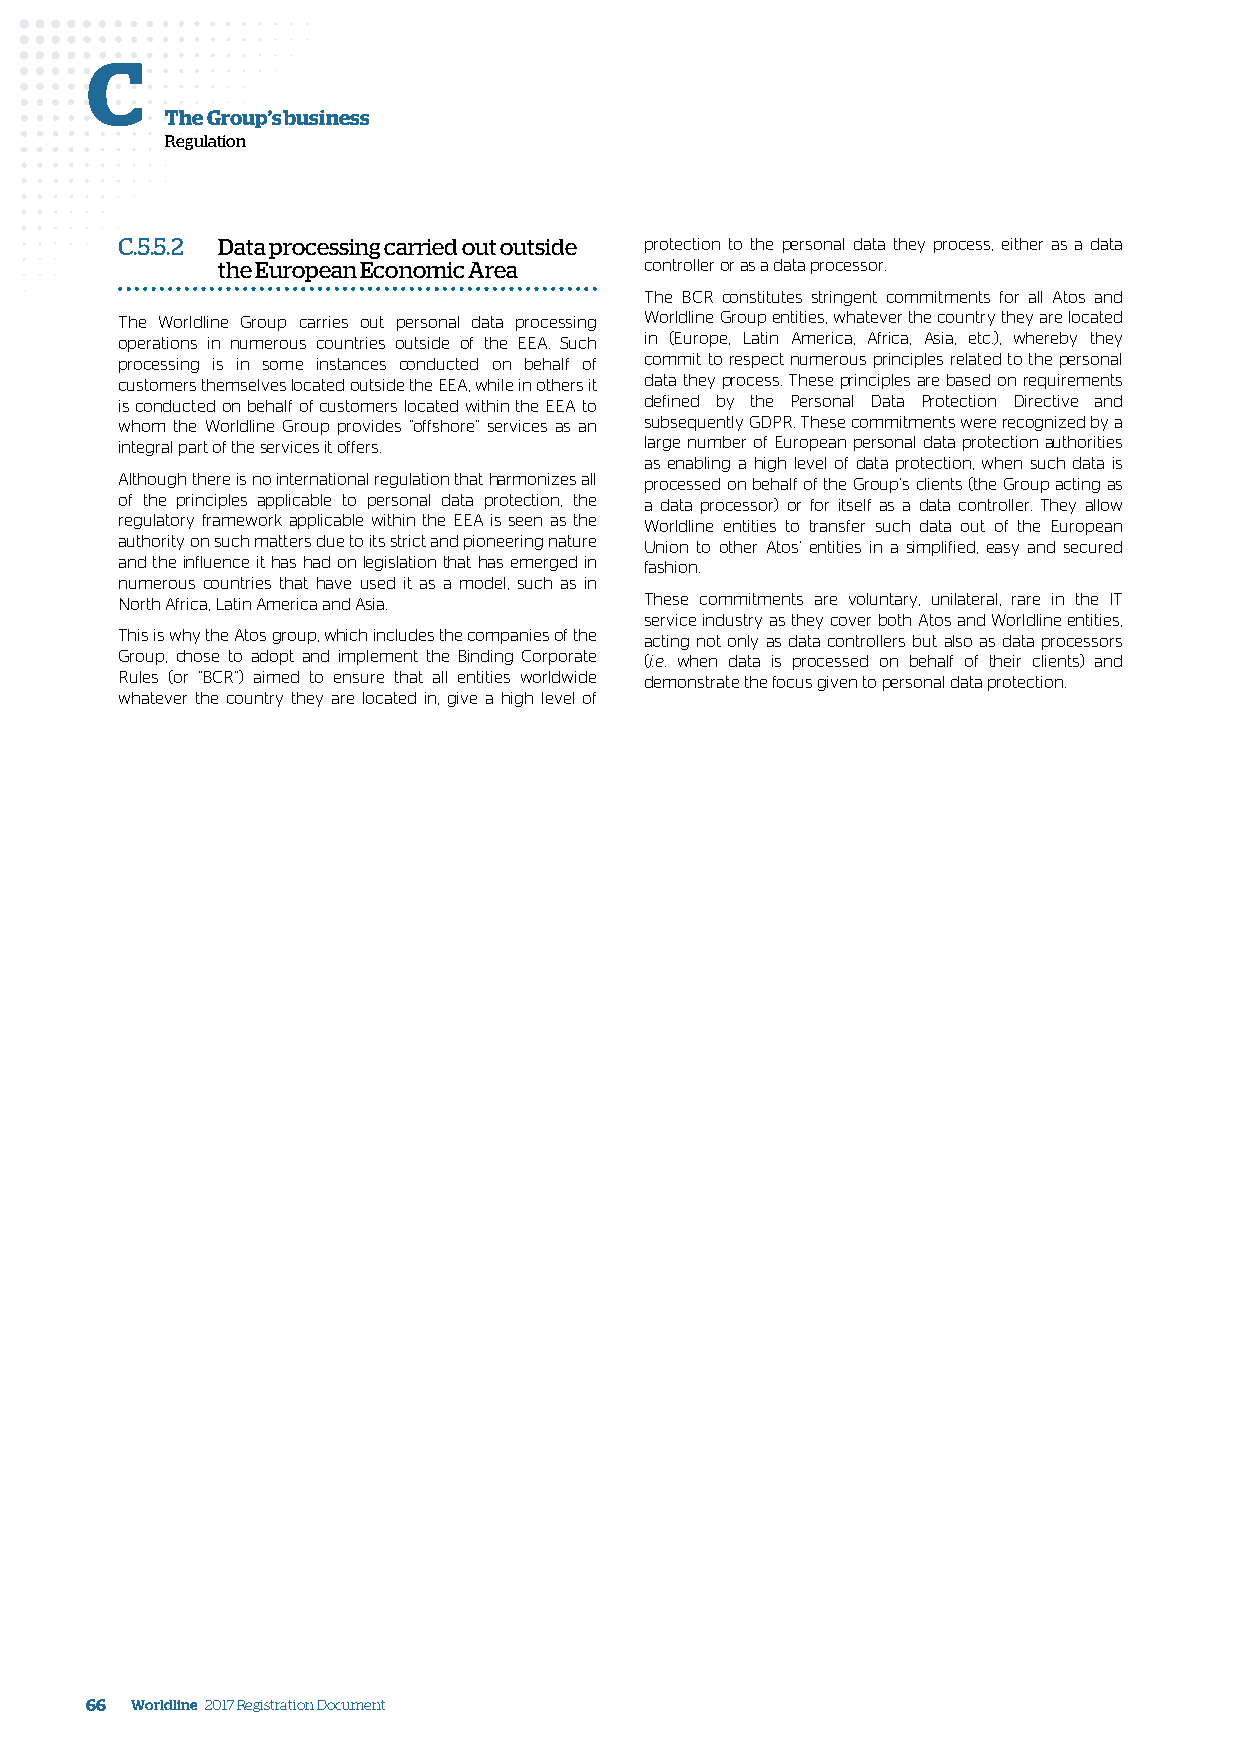
C
 The Group’s business
 Regulation
 C.5.5.2 Data processing carried out outside protection to the personal data they process, either as a data
 the European Economic Area   controller or as a data processor.
 The BCR constitutes stringent commitments for all Atos and
 The Worldline Group carries out personal data processing Worldline Group entities, whatever the country they are located
 operations in numerous countries outside of the EEA. Such in (Europe, Latin America, Africa, Asia, etc.), whereby they
 processing is in some instances conducted on behalf of commit to respect numerous principles related to the personal
 customers themselves located outside the EEA, while in others it data they process. These principles are based on requirements
 is conducted on behalf of customers located within the EEA to defined by the Personal Data Protection Directive and
 whom the Worldline Group provides “offshore” services as an subsequently GDPR. These commitments were recognized by a
 integral part of the services it offers. large number of European personal data protection authorities
 as enabling a high level of data protection, when such data is
 Although there is no international regulation that harmonizes all processed on behalf of the Group’s clients (the Group acting as
 of the principles applicable to personal data protection, the a data processor) or for itself as a data controller. They allow
 regulatory framework applicable within the EEA is seen as the Worldline entities to transfer such data out of the European
 authority on such matters due to its strict and pioneering nature Union to other Atos’ entities in a simplified, easy and secured
 and the influence it has had on legislation that has emerged in fashion.
 numerous countries that have used it as a model, such as in
 North Africa, Latin America and Asia. These commitments are voluntary, unilateral, rare in the IT
 service industry as they cover both Atos and Worldline entities,
 This is why the Atos group, which includes the companies of the acting not only as data controllers but also as data processors
 Group, chose to adopt and implement the Binding Corporate (i.e. when data is processed on behalf of their clients) and
 Rules (or “BCR”) aimed to ensure that all entities worldwide demonstrate the focus given to personal data protection.
 whatever the country they are located in, give a high level of
 66 Worldline 2017 Registration Document